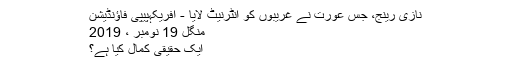
نازی رینج، جس عورت نے غریبوں کو انٹرنیٹ لایا - افریکہپیپی فاؤنڈیشن
منگل 19 نومبر ، 2019
ایک حقیقی کمال کیا ہے؟